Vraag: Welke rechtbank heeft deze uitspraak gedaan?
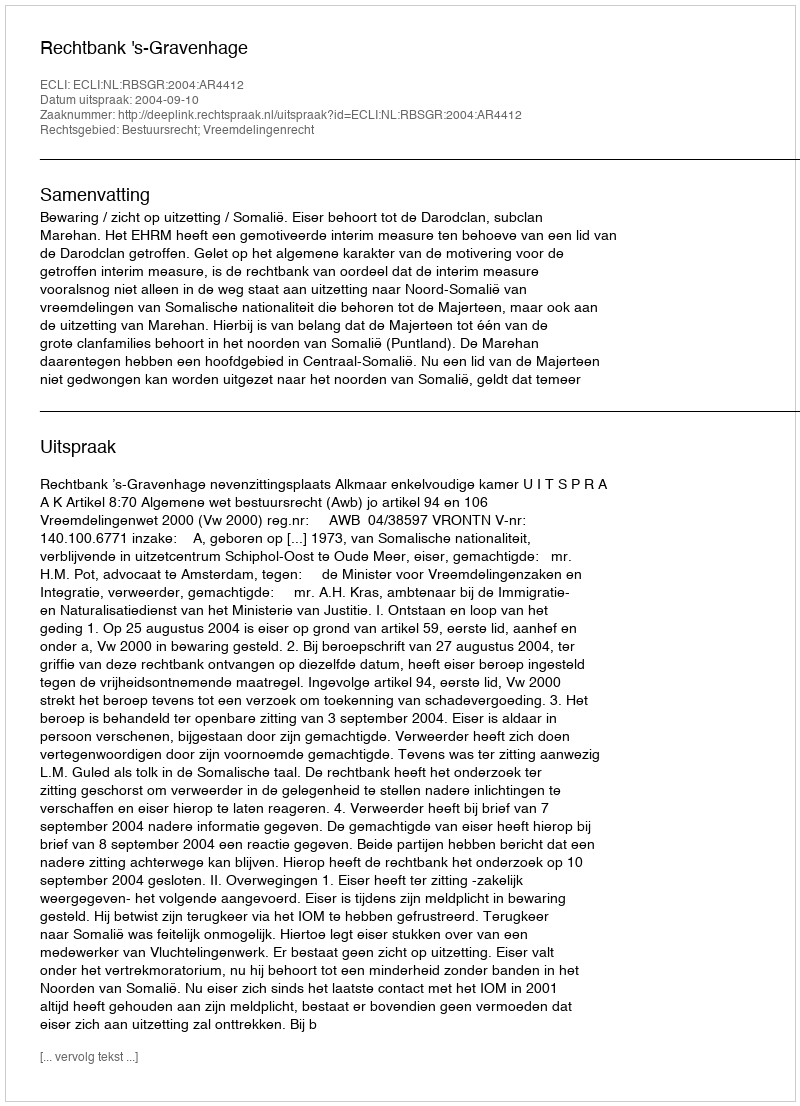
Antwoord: Rechtbank 's-Gravenhage